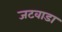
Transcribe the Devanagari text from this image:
जटवाडा